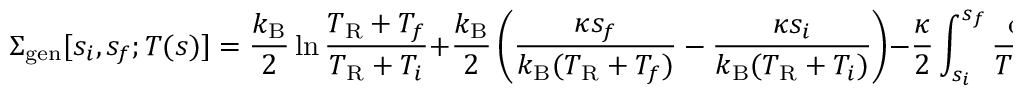
\Sigma _ { \mathrm { g e n } } [ s _ { i } , s _ { f } ; T ( s ) ] = \frac { k _ { \mathrm { B } } } { 2 } \ln \frac { T _ { \mathrm { R } } + T _ { f } } { T _ { \mathrm { R } } + T _ { i } } + \frac { k _ { \mathrm { B } } } { 2 } \left( \frac { \kappa s _ { f } } { k _ { \mathrm { B } } ( T _ { \mathrm { R } } + T _ { f } ) } - \frac { \kappa s _ { i } } { k _ { \mathrm { B } } ( T _ { \mathrm { R } } + T _ { i } ) } \right) - \frac { \kappa } { 2 } \int _ { s _ { i } } ^ { s _ { f } } \frac { \textrm { d } { s } } { T ( s ) } .